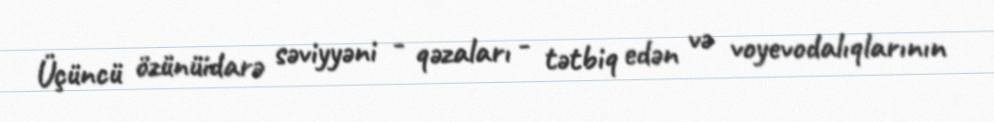
Üçüncü özünüidarə səviyyəni - qəzaları - tətbiq edən və voyevodalıqlarının